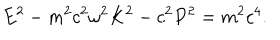
E ^ { 2 } - m ^ { 2 } c ^ { 2 } \omega ^ { 2 } K ^ { 2 } - c ^ { 2 } P ^ { 2 } = m ^ { 2 } c ^ { 4 } .